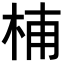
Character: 𣑛